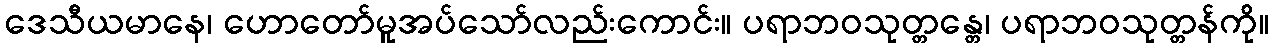
ဒေသီယမာနေ၊ ဟောတော်မူအပ်သော်လည်းကောင်း။ ပရာဘဝသုတ္တန္တေ၊ ပရာဘဝသုတ္တန်ကို။